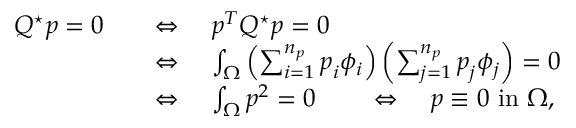
\begin{array} { r l } { Q ^ { \star } \boldsymbol { p } = 0 \quad } & { \Leftrightarrow \quad \boldsymbol { p } ^ { T } Q ^ { \star } \boldsymbol { p } = 0 } \\ & { \Leftrightarrow \quad \int _ { \Omega } \left( \sum _ { i = 1 } ^ { n _ { p } } \boldsymbol { p } _ { i } \phi _ { i } \right) \left( \sum _ { j = 1 } ^ { n _ { p } } \boldsymbol { p } _ { j } \phi _ { j } \right) = 0 } \\ & { \Leftrightarrow \quad \int _ { \Omega } p ^ { 2 } = 0 \qquad \Leftrightarrow \quad p \equiv 0 \mathrm { ~ i n ~ } \Omega , } \end{array}